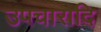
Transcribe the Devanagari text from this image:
उपचारादि